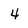
Character: 4